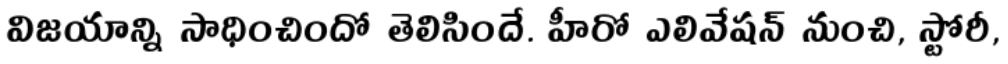
విజయాన్ని సాధించిందో తెలిసిందే. హీరో ఎలివేషన్ నుంచి, స్టోరీ,